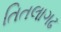
તિતલાગઢ